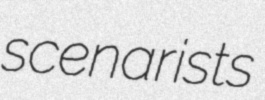
scenarists